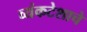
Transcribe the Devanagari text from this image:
व्यंकटेशाचे